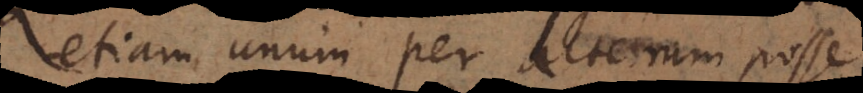
etiam unum per alterum posse